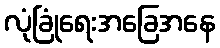
လုံခြုံရေးအခြေအနေ